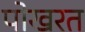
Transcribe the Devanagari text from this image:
पोखरत